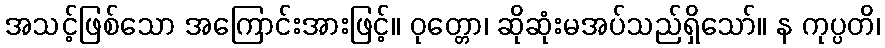
အသင့်ဖြစ်သော အကြောင်းအားဖြင့်။ ဝုတ္တော၊ ဆိုဆုံးမအပ်သည်ရှိသော်။ န ကုပ္ပတိ၊